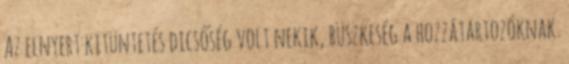
Az elnyert kitüntetés dicsőség volt nekik, büszkeség a hozzátartozóknak.